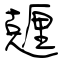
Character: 兣